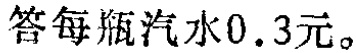
答每瓶汽水\(0.3\)元。